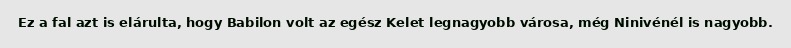
Ez a fal azt is elárulta, hogy Babilon volt az egész Kelet legnagyobb városa, még Ninivénél is nagyobb.